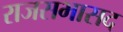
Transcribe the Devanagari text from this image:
राजसभासद